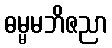
ဓမ္မမဘိဇညာ